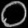
Digit: ၀